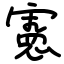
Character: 憲